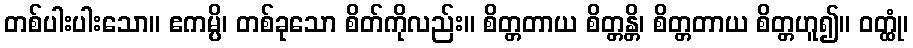
တစ်ပါးပါးသော။ ဧကမ္ပိ၊ တစ်ခုသော စိတ်ကိုလည်း။ စိတ္တတာယ စိတ္တန္တိ၊ စိတ္တတာယ စိတ္တဟူ၍။ ဝတ္ထုံ၊